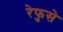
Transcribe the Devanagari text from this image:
रेफुसे